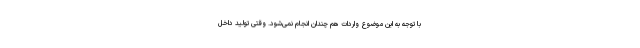
با توجه به این موضوع واردات هم چندان انجام نمی‌شود. وقتی تولید داخل